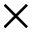
\times